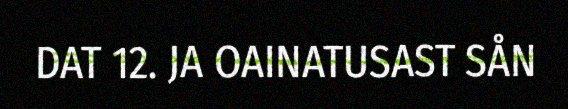
DAT 12. JA OAINATUSAST SÅN